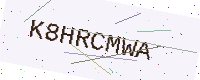
Text: K8HRCMWA